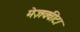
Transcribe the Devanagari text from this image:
मेज़क्वीटा